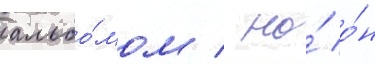
альбо́мом / но́ о́н